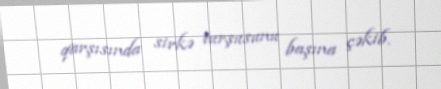
qarşısında sirkə turşusunu başına çəkib.